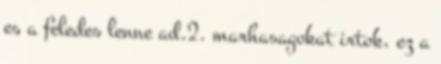
es a feledes lenne ad.2. marhasagokat irtok, ez a